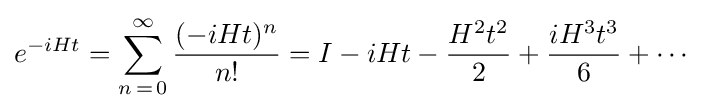
e^{-iHt}=\sum _{n\mathop {=} 0}^{\infty }{\frac {(-iHt)^{n}}{n!}}=I-iHt-{\frac {H^{2}t^{2}}{2}}+{\frac {iH^{3}t^{3}}{6}}+\cdots